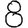
Digit: 8